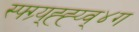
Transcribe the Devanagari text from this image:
स्फ्ग्र्य्ह्ह्य्व्४ग